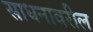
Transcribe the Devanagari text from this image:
साधनावरील